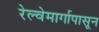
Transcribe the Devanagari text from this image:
रेल्वेमार्गापासून